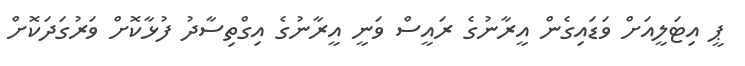
ޕީ އިޓަލީއަށް ވަޑައިގެން އީރާނުގެ ރައީސް ވަނީ އީރާނުގެ އިގްތިސާދު ފުޅާކޮށް ވަރުގަދަކޮށް